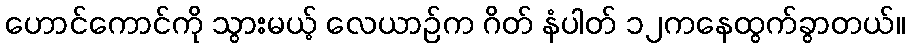
ဟောင်ကောင်ကို သွားမယ့် လေယာဉ်က ဂိတ် နံပါတ် ၁၂ကနေထွက်ခွာတယ်။